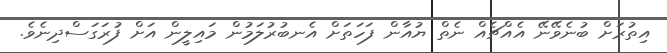
އިތުރަށް ބުނެވޭނޭ އެއްޗެއް ނެތް ޔުއާން ފަހަތަށް އެނބުރުލަމުން މައިލީން އަށް ފުރަގަސްދިނެވެ.